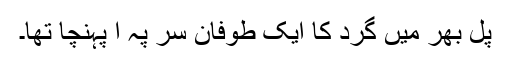
پل بھر میں گرد کا ایک طوفان سر پہ آ پہنچا تھا۔